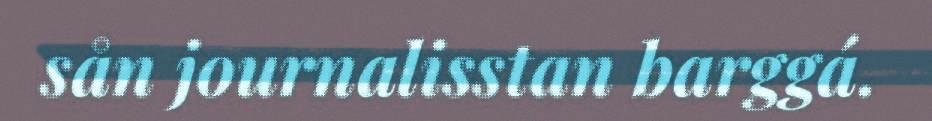
sån journalisstan barggá.